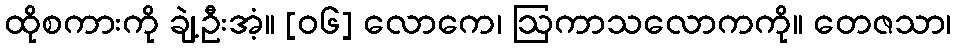
ထိုစကားကို ချဲ့ဦးအံ့။ [၀၆] လောကေ၊ ဩကာသလောကကို။ တေဇသာ၊